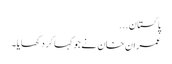
پاکستان...
عمران خان نے جو کہا کر دکھایا۔